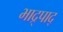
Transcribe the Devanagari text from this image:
भाद्र्पाद्